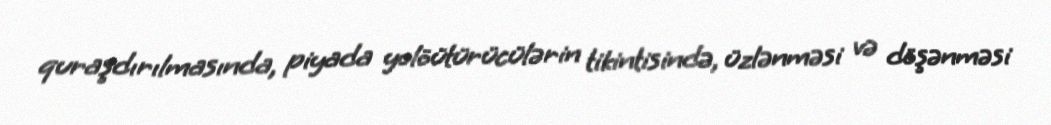
quraşdırılmasında, piyada yolöütürücülərin tikintisində, üzlənməsi və döşənməsi